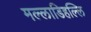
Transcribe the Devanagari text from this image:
मल्‍लाडिहल्‍लि